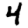
Digit: 4